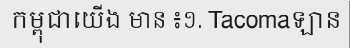
កម្ពុជាយើង មាន ៖១. Tacomaឡាន